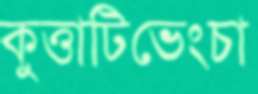
কুত্তাটিভেংচা